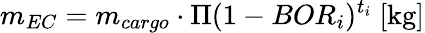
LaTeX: m_{EC}=m_{cargo}\cdot\Pi{(1-BOR_{i})^{t_{i}}}\ [\mathrm{kg}]